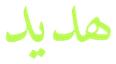
ھديد